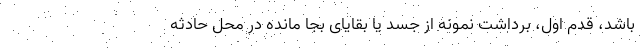
باشد، قدم اول، برداشت نمونه از جسد یا بقایای بجا مانده در محل حادثه